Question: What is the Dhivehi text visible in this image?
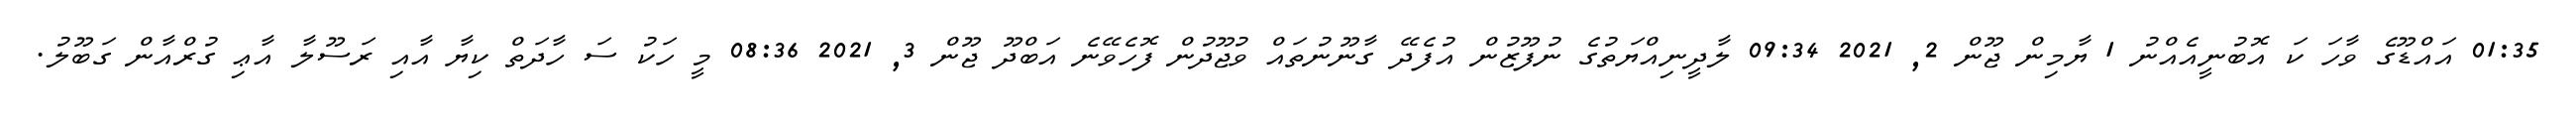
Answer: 01:35 އައްޑޫގެ ވާހަ ކަ އޮބުނީއެއްނު 1 ޔާމިން ޖޫން 2, 2021 09:34 ލާދީނިއްޔަތުގެ ނުފޫޒުން އުފެދޭ ގާނޫނުތައް ވުޖޫދުން ފޮހެވޭނެ އަބްދޫ ޖޫން 3, 2021 08:36 މީ ހަކު ސަ ހާދަތް ކިޔާ އާއި ރަސޫލާ އާޢި ގުރްއާން ގަބޫލު.